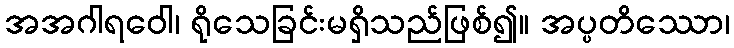
အအဂါရဝေါ၊ ရိုသေခြင်းမရှိသည်ဖြစ်၍။ အပ္ပတိဿော၊